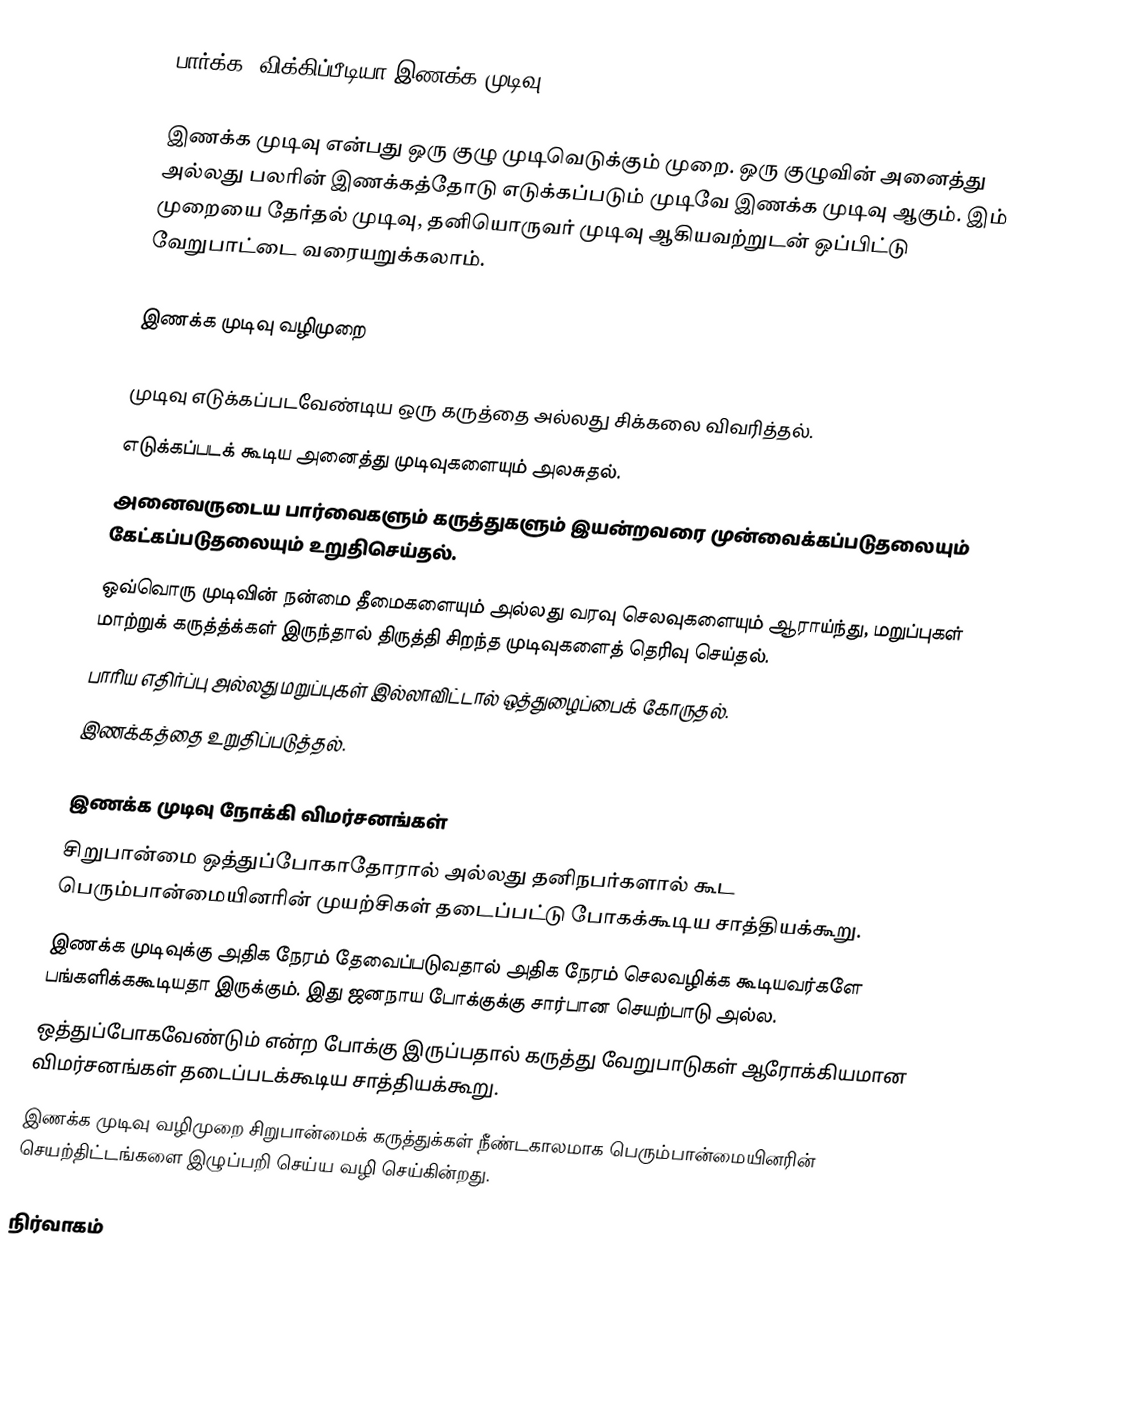
பார்க்க: விக்கிப்பீடியா:இணக்க முடிவு

இணக்க முடிவு என்பது ஒரு குழு முடிவெடுக்கும் முறை. ஒரு குழுவின் அனைத்து அல்லது பலரின் இணக்கத்தோடு எடுக்கப்படும் முடிவே இணக்க முடிவு ஆகும். இம் முறையை தேர்தல் முடிவு, தனியொருவர் முடிவு ஆகியவற்றுடன் ஒப்பிட்டு வேறுபாட்டை வரையறுக்கலாம்.

இணக்க முடிவு வழிமுறை

 முடிவு எடுக்கப்படவேண்டிய ஒரு கருத்தை அல்லது சிக்கலை விவரித்தல்.
 எடுக்கப்படக் கூடிய அனைத்து முடிவுகளையும் அலசுதல்.
 அனைவருடைய பார்வைகளும் கருத்துகளும் இயன்றவரை முன்வைக்கப்படுதலையும் கேட்கப்படுதலையும் உறுதிசெய்தல்.
 ஒவ்வொரு முடிவின் நன்மை தீமைகளையும் அல்லது வரவு செலவுகளையும் ஆராய்ந்து, மறுப்புகள் மாற்றுக் கருத்த்க்கள் இருந்தால் திருத்தி சிறந்த முடிவுகளைத் தெரிவு செய்தல்.
 பாரிய எதிர்ப்பு அல்லது மறுப்புகள் இல்லாவிட்டால் ஒத்துழைப்பைக் கோருதல்.
 இணக்கத்தை உறுதிப்படுத்தல்.

இணக்க முடிவு நோக்கி விமர்சனங்கள்
 சிறுபான்மை ஒத்துப்போகாதோரால் அல்லது தனிநபர்களால் கூட பெரும்பான்மையினரின் முயற்சிகள் தடைப்பட்டு போகக்கூடிய சாத்தியக்கூறு.
 இணக்க முடிவுக்கு அதிக நேரம் தேவைப்படுவதால் அதிக நேரம் செலவழிக்க கூடியவர்களே பங்களிக்ககூடியதா இருக்கும். இது ஜனநாய போக்குக்கு சார்பான செயற்பாடு அல்ல.
 ஒத்துப்போகவேண்டும் என்ற போக்கு இருப்பதால் கருத்து வேறுபாடுகள் ஆரோக்கியமான விமர்சனங்கள் தடைப்படக்கூடிய சாத்தியக்கூறு.
 இணக்க முடிவு வழிமுறை சிறுபான்மைக் கருத்துக்கள் நீண்டகாலமாக பெரும்பான்மையினரின் செயற்திட்டங்களை இழுப்பறி செய்ய வழி செய்கின்றது.

நிர்வாகம்